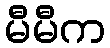
မီမီက